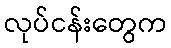
လုပ်ငန်းတွေက